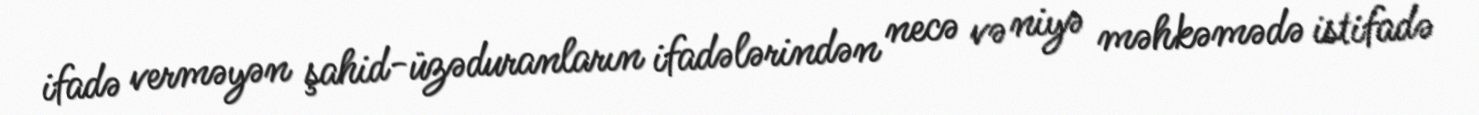
ifadə verməyən şahid-üzəduranların ifadələrindən necə və niyə məhkəmədə istifadə